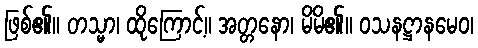
ဖြစ်၏။ တသ္မာ၊ ထိုကြောင့်။ အတ္တနော၊ မိမိ၏။ ဝသနဋ္ဌာနမေဝ၊